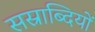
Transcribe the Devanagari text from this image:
सस्राब्दियों